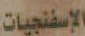
الإسفنجيات